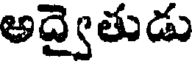
అద్వైతుడు